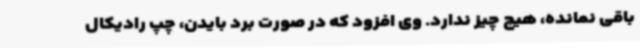
باقی نمانده، هیچ چیز ندارد. وی افزود که در صورت برد بایدن، چپ رادیکال